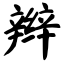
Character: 辫